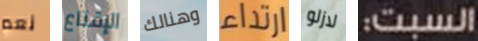
نعم الإقناع وهنالك ارتداء لازلو السبت: